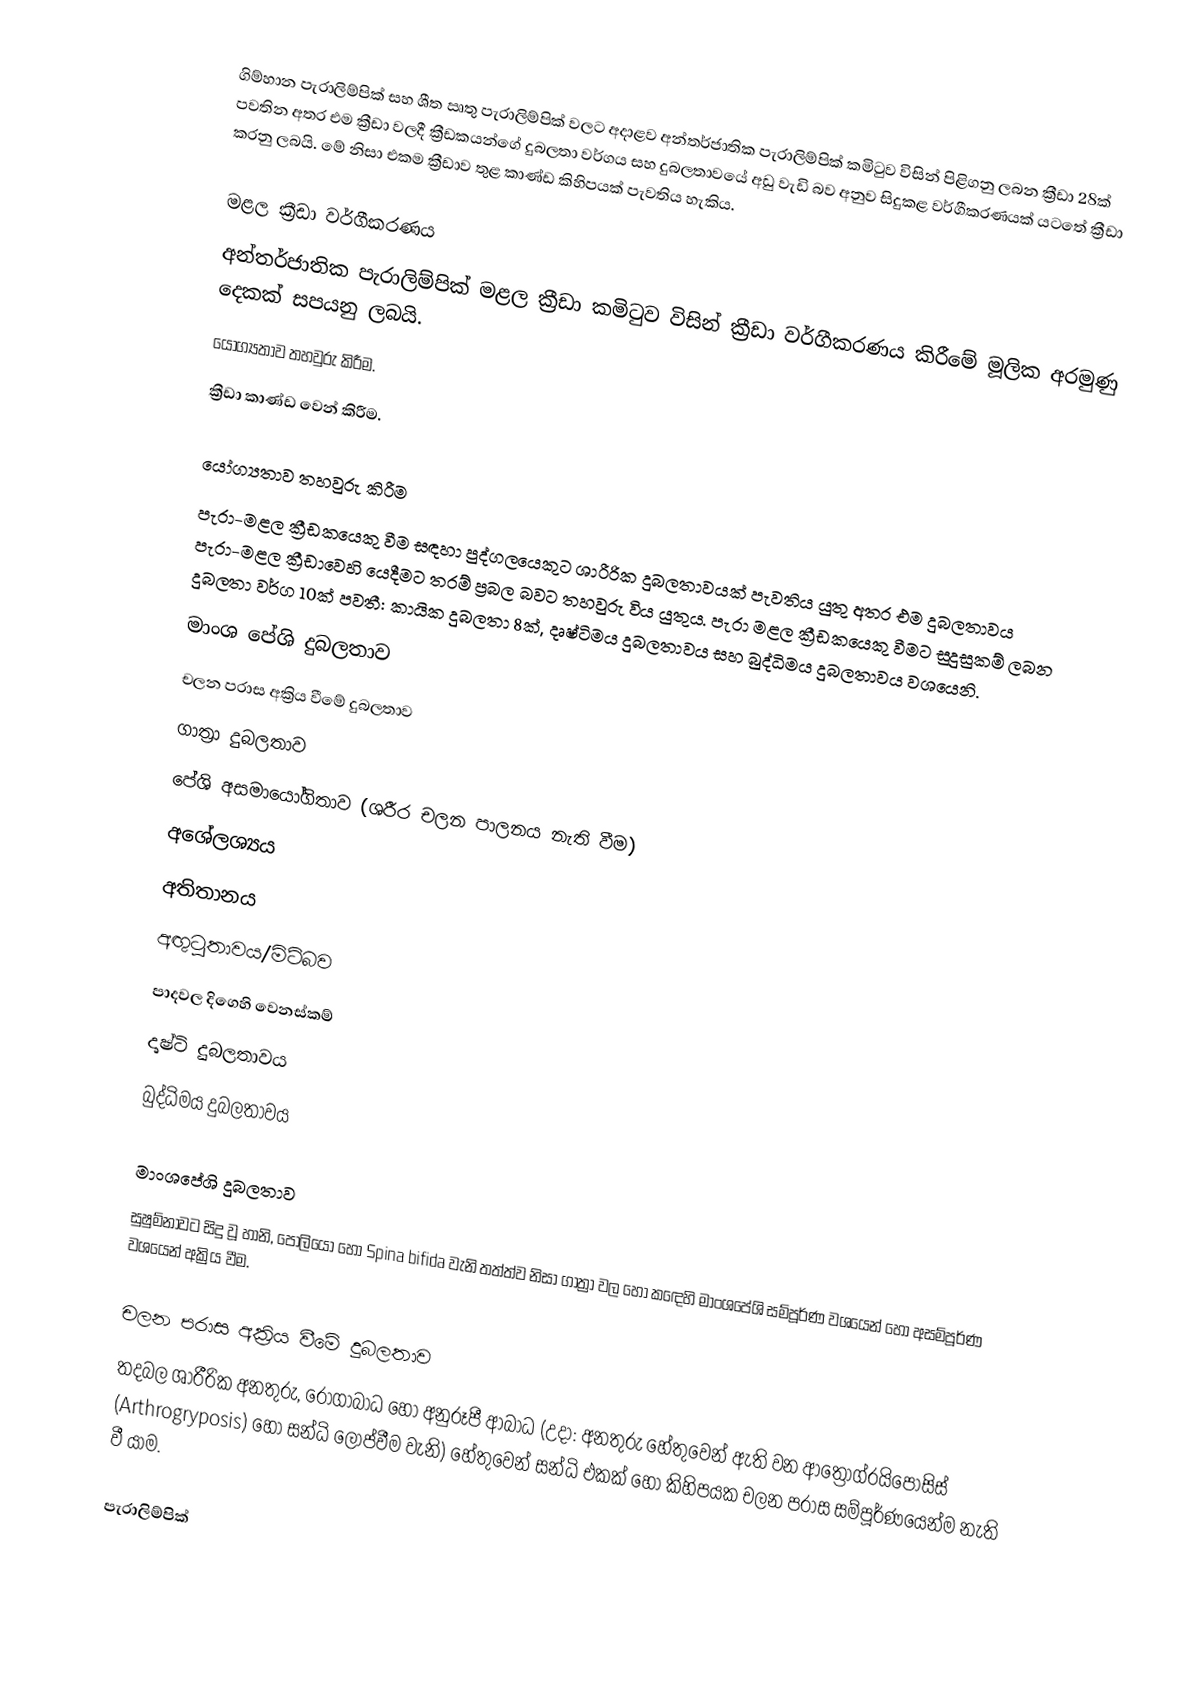
ගිම්හාන පැරාලිම්පික් සහ ශීත ඍතු පැරාලිම්පික් වලට අදාළව අන්තර්ජාතික පැරාලිම්පික් කමිටුව විසින් පිළිගනු ලබන ක්‍රීඩා 28ක් පවතින අතර එම ක්‍රීඩා වලදී ක්‍රීඩකයන්ගේ දුබලතා වර්ගය සහ දුබලතාවයේ අඩු වැඩි බව අනුව සිදුකළ වර්ගීකරණයක් යටතේ ක්‍රීඩා කරනු ලබයි. මේ නිසා එකම ක්‍රීඩාව තුළ කාණ්ඩ කිහිපයක් පැවතිය හැකිය.

මළල ක්‍රීඩා වර්ගීකරණය
අන්තර්ජාතික පැරාලිම්පික් මළල ක්‍රීඩා කමිටුව විසින් ක්‍රීඩා වර්ගීකරණය කිරීමේ මූලික අරමුණු දෙකක් සපයනු ලබයි.
යෝග්‍යතාව තහවුරු කිරීම.
ක්‍රීඩා කාණ්ඩ වෙන් කිරීම.

යෝග්‍යතාව තහවුරු කිරීම
පැරා-මළල ක්‍රීඩකයෙකු වීම සඳහා පුද්ගලයෙකුට ශාරීරික දුබලතාවයක් පැවතිය යුතු අතර එම දුබලතාවය පැරා-මළල ක්‍රීඩාවෙහි යෙදීමට තරම් ප්‍රබල බවට තහවුරු විය යුතුය. පැරා මළල ක්‍රීඩකයෙකු වීමට සුදුසුකම් ලබන දුබලතා වර්ග 10ක් පවතී: කායික දුබලතා 8ක්, දෘෂ්ටිමය දුබලතාවය සහ බුද්ධිමය දුබලතාවය වශයෙනි.
මාංශ පේශි දුබලතාව
චලන පරාස අක්‍රිය වීමේ දුබලතාව
ගාත්‍රා දුබලතාව
පේශි අසමායෝගිතාව (ශරීර චලන පාලනය නැති වීම)
අ‍ශේලශ්‍යය
අතිතානය
අඟුටුතාවය/මිටිබව
පාදවල දිගෙහි වෙනස්කම්
දෘෂ්ටි දුබලතාවය
බුද්ධිමය දුබලතාවය

මාංශපේශි දුබලතාව
සුෂුම්නාවට සිදු වූ හානි, පෝලියෝ හෝ Spina bifida වැනි තත්ත්ව නිසා ගාත්‍රා වල හෝ කඳෙහි මාංශපේශි සම්පූර්ණ වශයෙන් හෝ අසම්පූර්ණ වශයෙන් අක්‍රිය වීම.

චලන පරාස අක්‍රිය වීමේ දුබලතාව
තදබල ශාරීරික අනතුරු, රෝගාබාධ හෝ අනුරූපී ආබාධ (උදා: අනතුරු හේතුවෙන් ඇති වන ආත්‍රෝග්රයිපොසිස් (Arthrogryposis) හෝ සන්ධි ලොප්වීම වැනි) හේතුවෙන් සන්ධි එකක් හෝ කිහිපයක චලන පරාස සම්පූර්ණයෙන්ම නැති වී යාම.

පැරාලිම්පික්